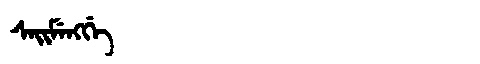
Manchu: ᠰᠠᡳᠮᡝᠩᡤᡝ
Romanization: SAIMENGGE